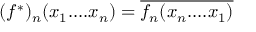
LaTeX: ( f ^ { * } ) _ { n } ( x _ { 1 } . . . . x _ { n } ) = \overline { { { f _ { n } ( x _ { n } . . . . x _ { 1 } ) } } }